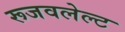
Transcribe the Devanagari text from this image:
रूजवलेल्ट